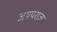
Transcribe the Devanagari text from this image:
जयपराजय